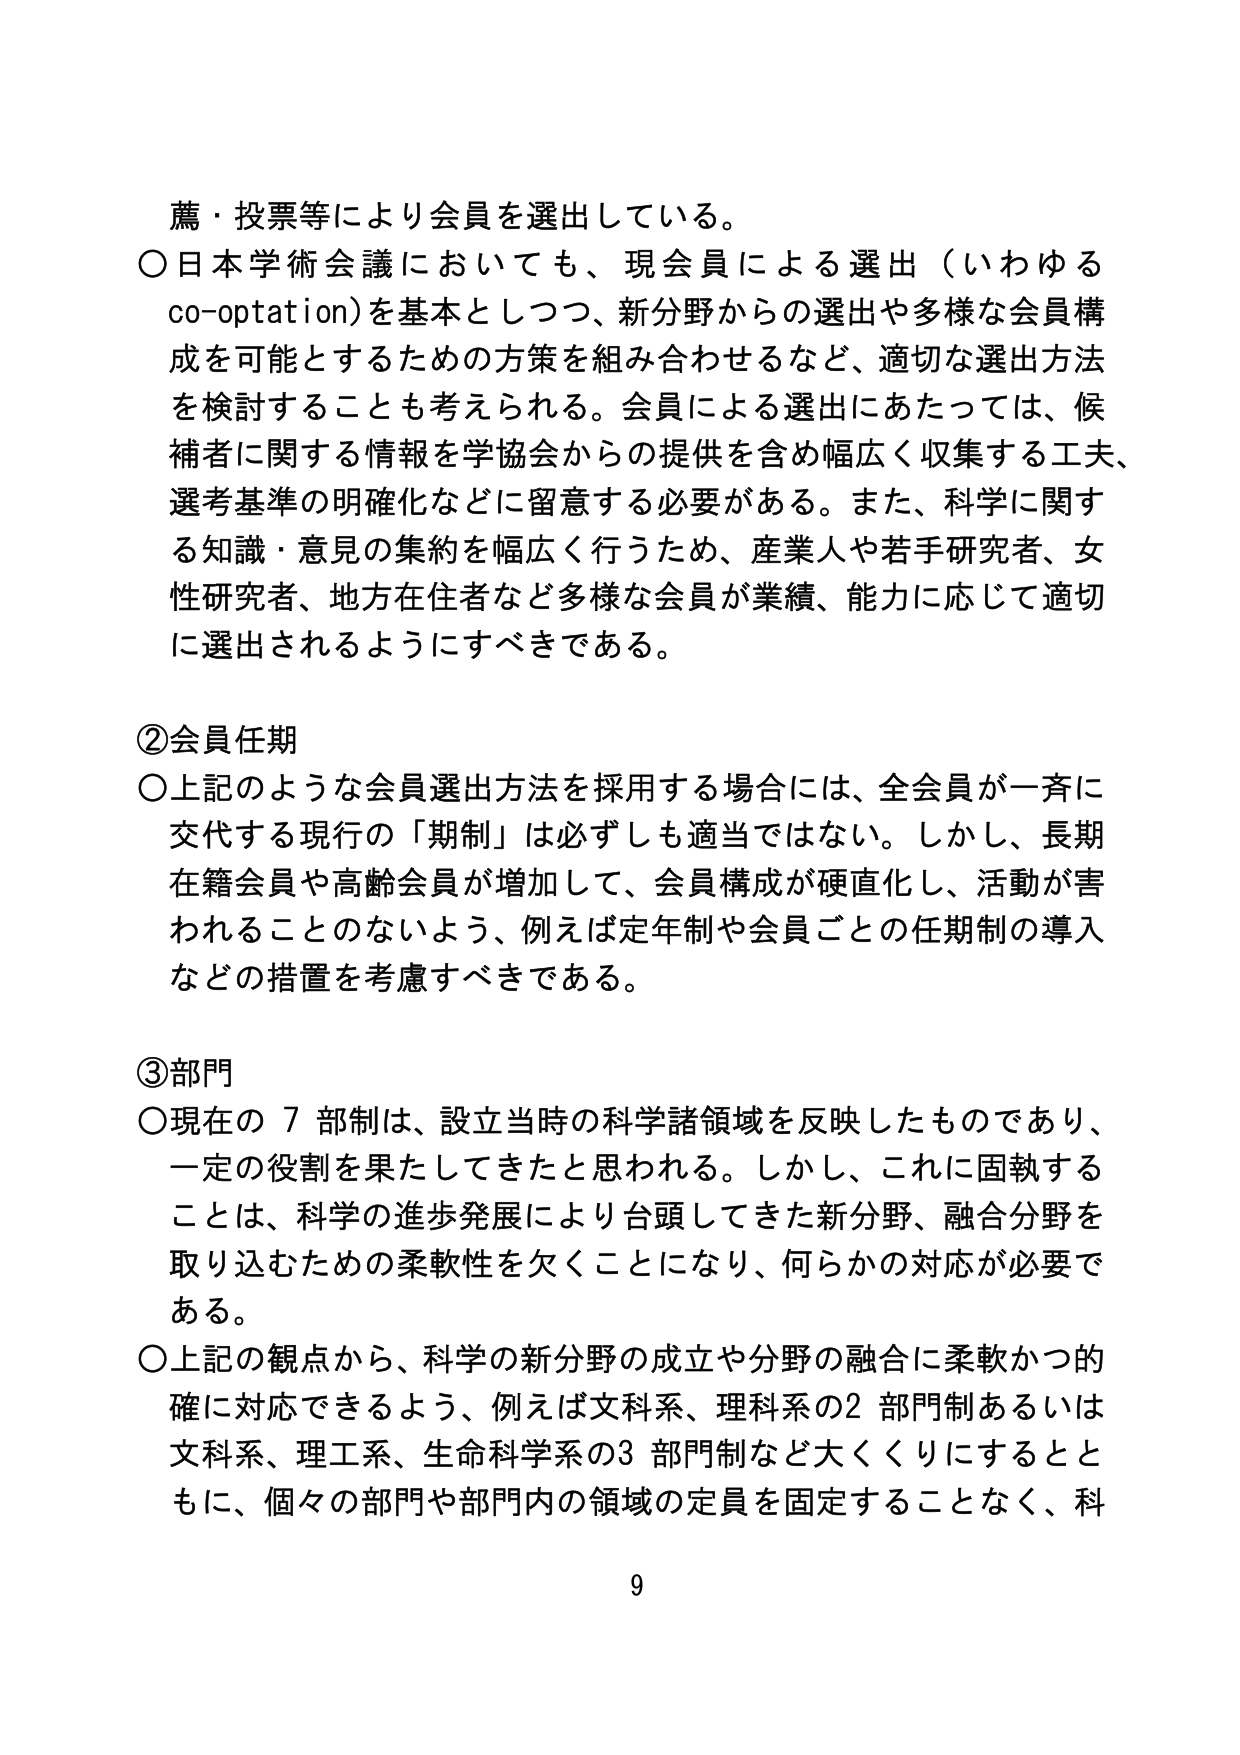
薦・投票等により会員を選出している。
○日本学術会議においても、現会員による選出（いわゆる co-optation）を基本としつつ、新分野からの選出や多様な会員構成を可能とするための方策を組み合わせるなど、適切な選出方法を検討することも考えられる。会員による選出にあたっては、候補者に関する情報を学協会からの提供を含め幅広く収集する工夫、選考基準の明確化などに留意する必要がある。また、科学に関する知識・意見の集約を幅広く行うため、産業人や若手研究者、女性研究者、地方在住者など多様な会員が業績、能力に応じて適切に選出されるようにすべきである。

②会員任期
○上記のような会員選出方法を採用する場合には、全会員が一斉に交代する現行の「期制」は必ずしも適当ではない。しかし、長期在籍会員や高齢会員が増加して、会員構成が硬直化し、活動が害されることのないよう、例えば定年制や会員ごとの任期制の導入などの措置を考慮すべきである。

③部門
○現在の７部制は、設立当時の科学諸領域を反映したものであり、一定の役割を果たしてきたと思われる。しかし、これに固執することは、科学の進歩発展により台頭してきた新分野、融合分野を取り込むための柔軟性を欠くことになり、何らかの対応が必要である。
○上記の観点から、科学の新分野の成立や分野の融合に柔軟かつ的確に対応できるよう、例えば文科系、理科系の２部門制あるいは文科系、理工系、生命科学系の３部門制など大きくするともに、個々の部門や部門内の領域の定員を固定することなく、科

9